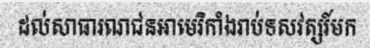
ដល់សាធារណជនអាមេរិកាំងរាប់ទសវត្សរ៍មក